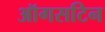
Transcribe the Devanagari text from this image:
ऑगसटिन